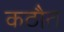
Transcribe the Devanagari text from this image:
कठौत